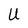
Character: U